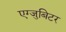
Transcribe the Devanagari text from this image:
एग्जुबिटर